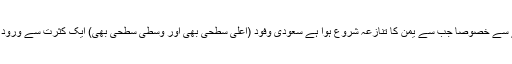
اگرچہ آمدورفت کا یہ سلسلہ جاری رہتا ہے مگر گزشتہ کچھ عرصے سے خصوصاً جب سے یمن کا تنازعہ شروع ہوا ہے سعودی وفود (اعلیٰ سطحی بھی اور وسطی سطحی بھی) ایک کثرت سے ورود فرمانے لگے ہیں کہ تسلسل و کثرت کے گویا ریکارڈ بننے لگے ہیں۔